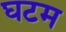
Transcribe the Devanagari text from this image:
घटम